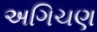
અગિચણ